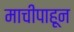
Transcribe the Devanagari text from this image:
माचीपाहून